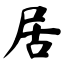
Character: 居